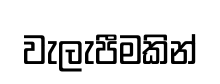
වැලැපීමකින්